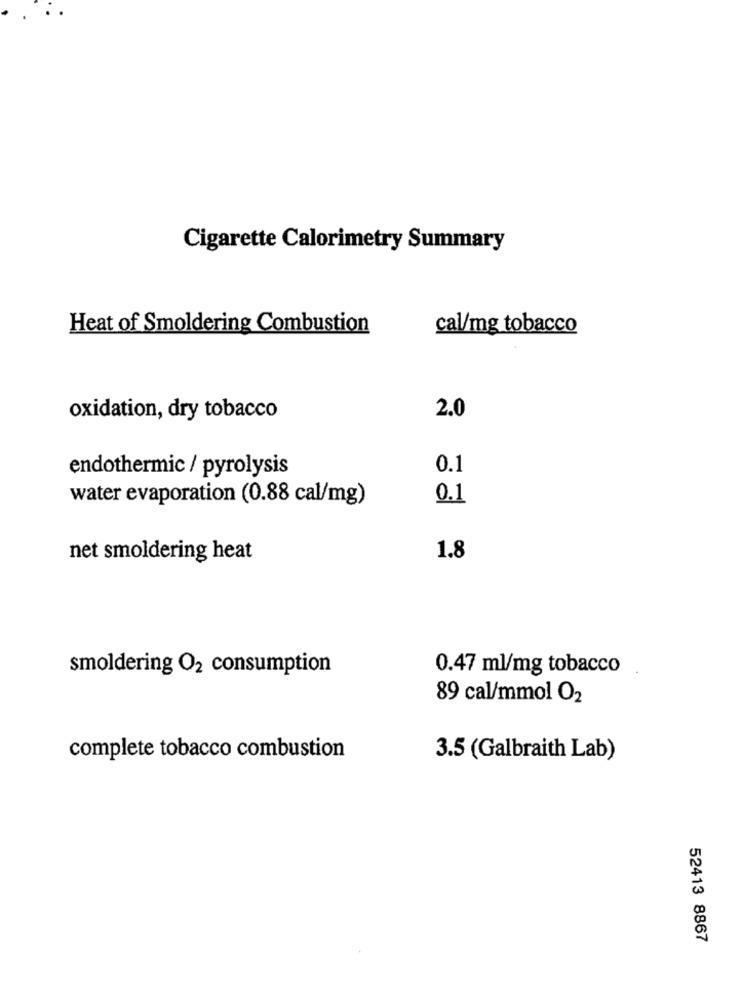
Cigarette Calorimetry Summary
Heat of Smoldering Combustion
cal/mg tobacco
2.0
oxidation, dry tobacco
endothermic / pyrolysis
0.1
water evaporation (0.88 cal/mg)
0.1
net smoldering heat
1.8
smoldering O2 consumption
0.47 ml/mg tobacco
89 cal/mmol O2
complete tobacco combustion
3.5 (Galbraith Lab)
52413 8867